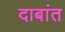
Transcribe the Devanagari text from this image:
दाबांत